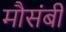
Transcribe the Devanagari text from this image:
मौसंबी